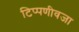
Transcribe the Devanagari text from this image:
टिप्पणीवजा